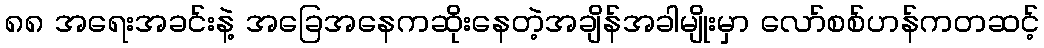
၈၈ အရေးအခင်းနဲ့ အခြေအနေကဆိုးနေတဲ့အချိန်အခါမျိုးမှာ လော်စစ်ဟန်ကတဆင့်